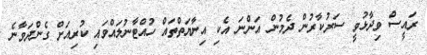
ރައީސް ވިދާޅުވީ ސަރުކާރުން ދެމުން އަންނަ އެކި އިނާޔަތްތައް ހުއްޓާނުލައްވައި ކުރިއަށް ގެންދަވާނެ